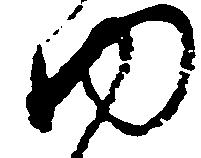
ゆ